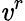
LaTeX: \mathit{v}^{r}